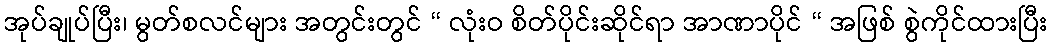
အုပ်ချုပ်ပြီး၊ မွတ်စလင်များ အတွင်းတွင် “ လုံးဝ စိတ်ပိုင်းဆိုင်ရာ အာဏာပိုင် “ အဖြစ် စွဲကိုင်ထားပြီး